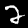
Digit: 2